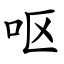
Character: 呕